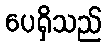
ပေရှိသည်